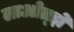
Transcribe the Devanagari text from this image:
लाओत्झे